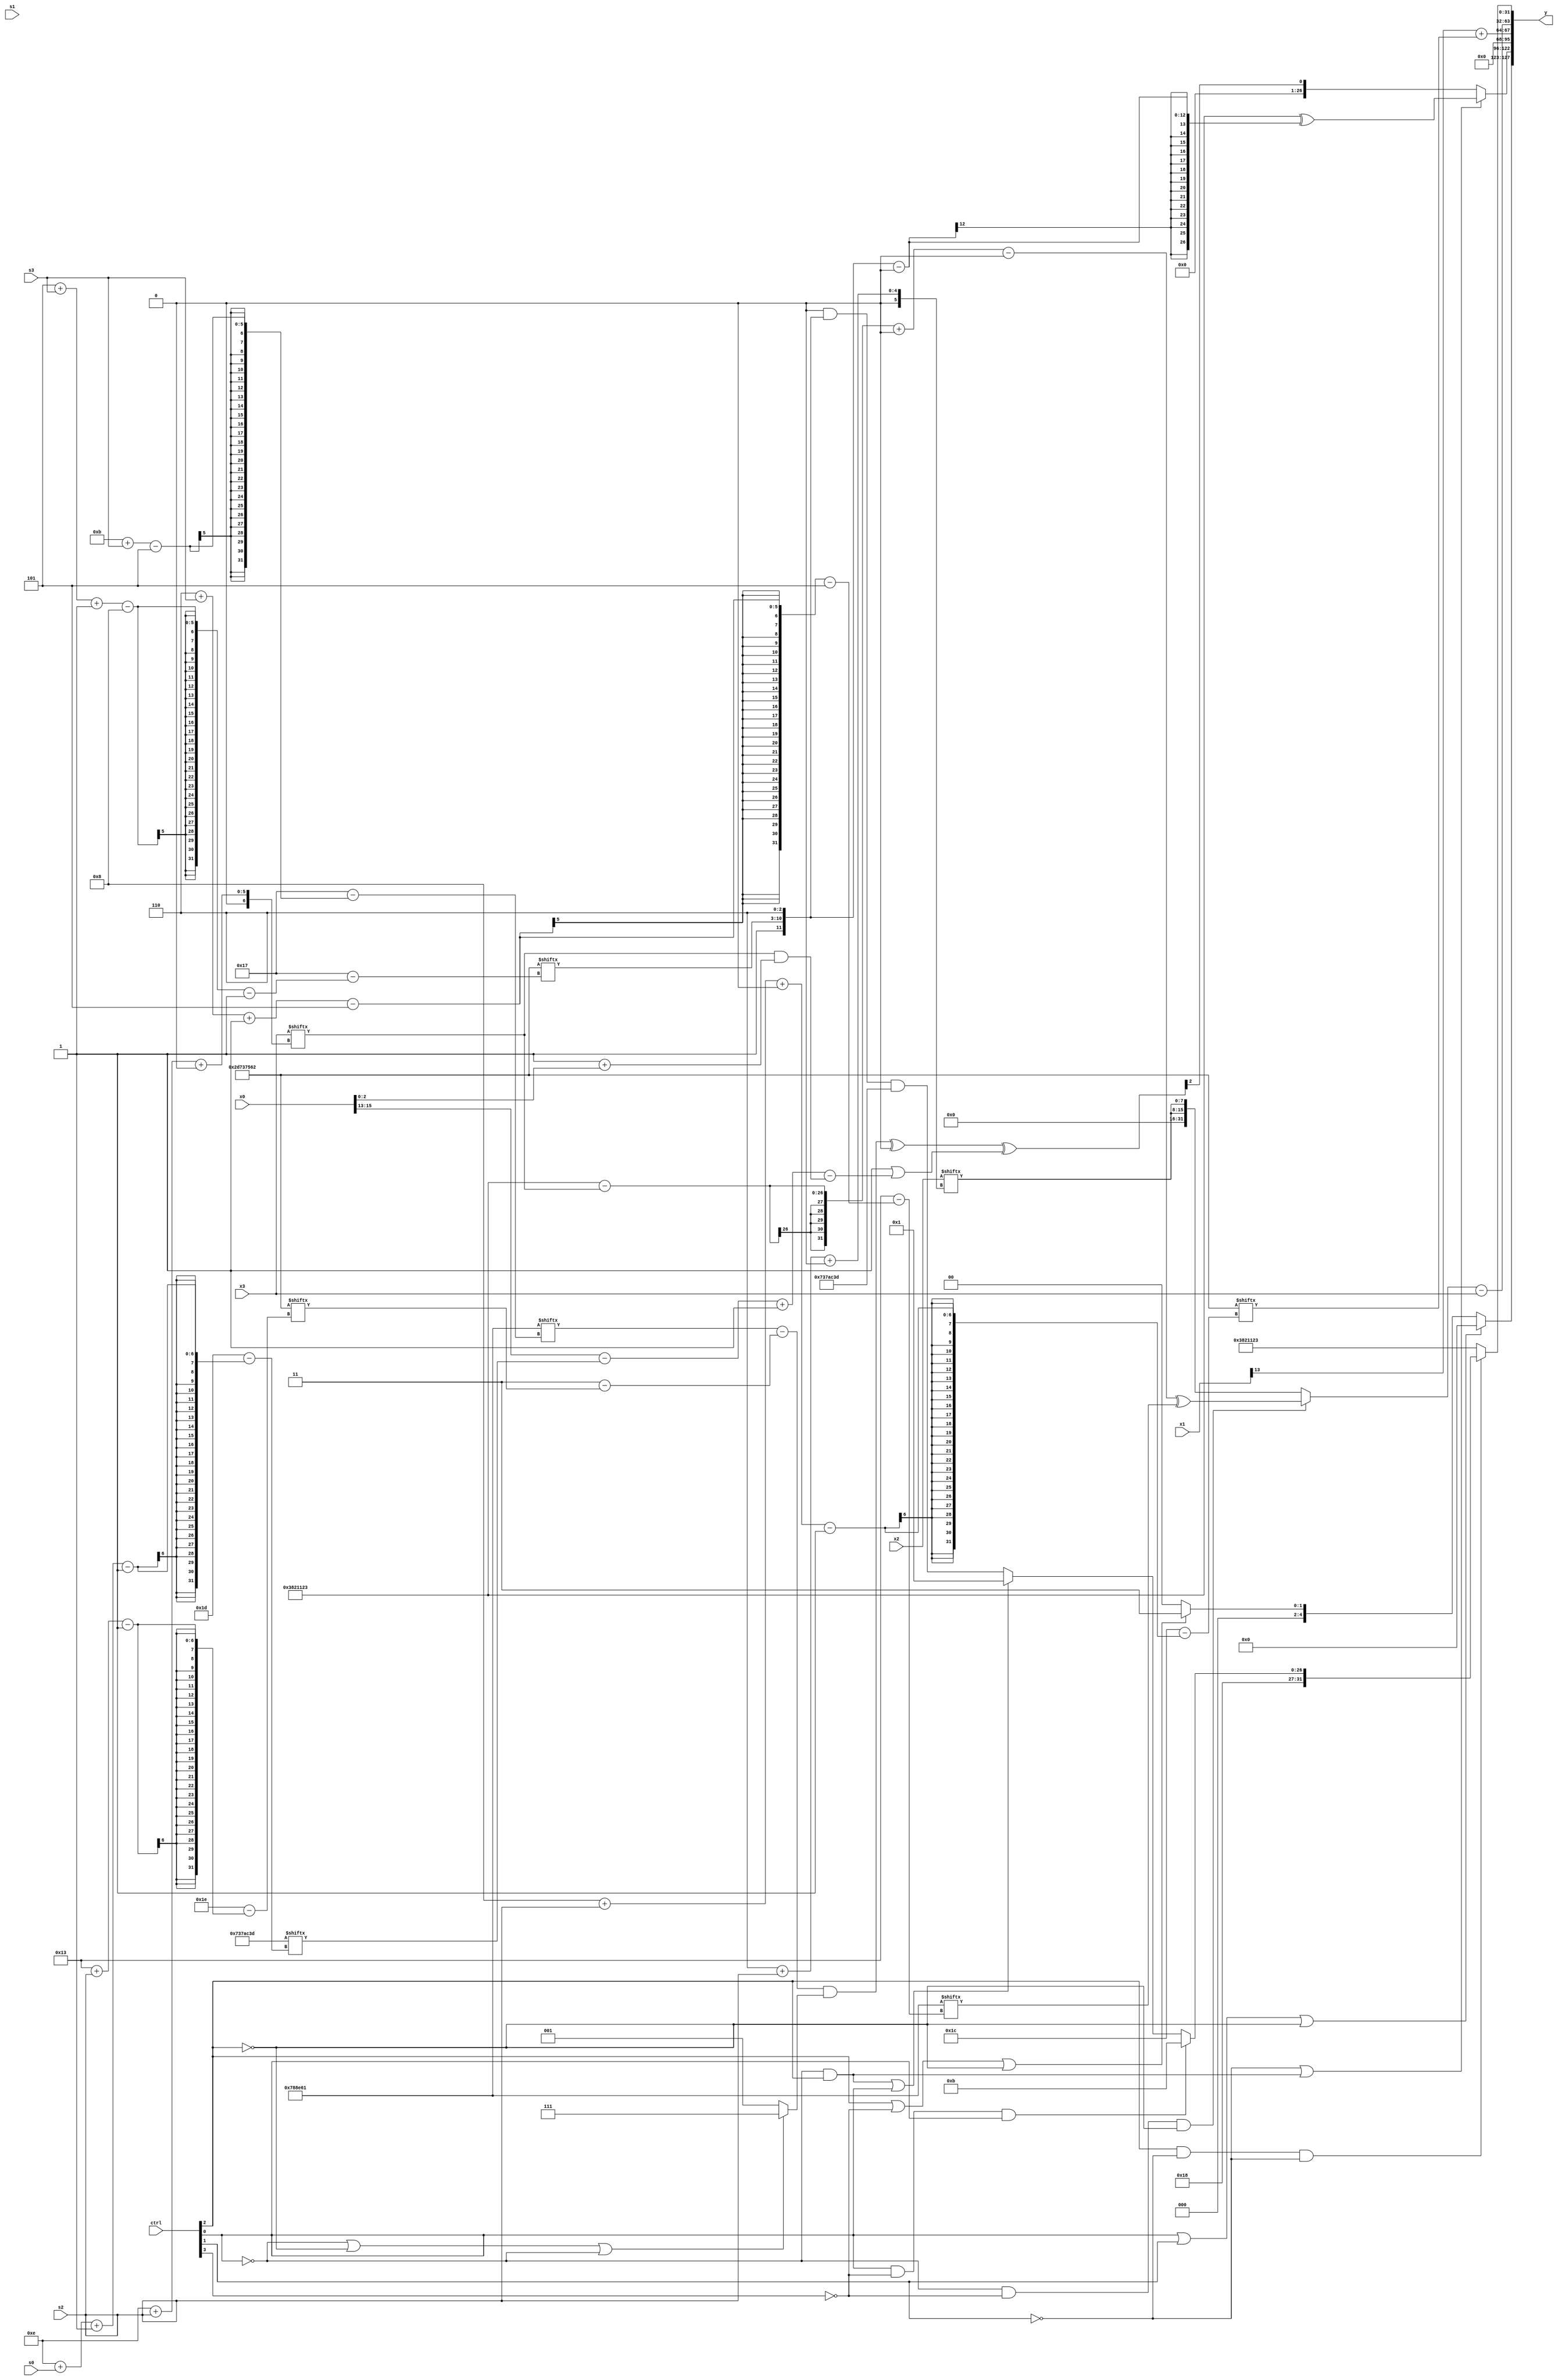
module partsel_00001(ctrl, s0, s1, s2, s3, x0, x1, x2, x3, y);
  input [3:0] ctrl;
  input [2:0] s0;
  input [2:0] s1;
  input [2:0] s2;
  input [2:0] s3;
  input [31:0] x0;
  input [31:0] x1;
  input signed [31:0] x2;
  input [31:0] x3;
  wire signed [3:28] x4;
  wire signed [24:6] x5;
  wire signed [29:4] x6;
  wire [2:24] x7;
  wire signed [5:30] x8;
  wire signed [3:24] x9;
  wire [7:26] x10;
  wire signed [7:29] x11;
  wire [4:25] x12;
  wire signed [28:1] x13;
  wire [7:28] x14;
  wire [26:6] x15;
  output [127:0] y;
  wire [31:0] y0;
  wire [31:0] y1;
  wire signed [31:0] y2;
  wire [31:0] y3;
  assign y = {y0,y1,y2,y3};
  localparam signed [1:31] p0 = 762541410;
  localparam signed [5:28] p1 = 645434977;
  localparam signed [0:29] p2 = 121089085;
  localparam signed [28:2] p3 = 729944355;
  assign x4 = ({2{{x1[26 + s0 -: 3], p0[19 -: 3]}}} | x1[26 + s2 +: 2]);
  assign x5 = x3[6 + s0 -: 8];
  assign x6 = p1[12 + s2 -: 1];
  assign x7 = p0[11 + s0 -: 6];
  assign x8 = p2[10];
  assign x9 = (((!ctrl[1] || !ctrl[1] && ctrl[2] ? {(p2 & x2[14 + s0 +: 2]), {2{x5[5 + s3]}}} : p2[15 -: 1]) & (p2 ^ ({2{p2[14 -: 2]}} | {p3[22 -: 4], p2}))) & ((!ctrl[0] || ctrl[3] && ctrl[3] ? p3 : ((p0 & ((x4[16 -: 1] ^ p3[14 + s0]) | p2[9])) ^ {2{p1}})) - x6[24 + s0 -: 4]));
  assign x10 = ((x0 ^ p1) | {2{{2{{2{x1[14 -: 2]}}}}}});
  assign x11 = p1[15 +: 4];
  assign x12 = (ctrl[1] || ctrl[1] && ctrl[1] ? p3[13 +: 3] : x2[10]);
  assign x13 = x3[14 + s2 +: 1];
  assign x14 = {{p1[9], p0[5 + s3 -: 8]}, p2[15 -: 3]};
  assign x15 = ((({2{{x8[19 -: 1], (p1[11 + s3] - (p3 - p0[19 + s2]))}}} & (!ctrl[0] || !ctrl[2] || !ctrl[0] ? (x11[21] - p2[9]) : {p0[24 + s1 -: 8], p1})) ^ p1[15]) ^ (p1[15 +: 3] | (((x0[13 +: 3] - p2[14 + s0 -: 1]) + p0[8 +: 2]) - ({p0[9 + s2], x13} & {p0[10 +: 3], (p3[19 +: 4] + x0)}))));
  assign y0 = {(ctrl[0] || ctrl[1] || !ctrl[2] ? p3[16 +: 2] : (ctrl[2] || !ctrl[3] || !ctrl[2] ? p3 : p3[22 -: 2])), (!ctrl[2] || ctrl[2] || !ctrl[1] ? (!ctrl[1] || !ctrl[0] && ctrl[2] ? ((p3 & p3) ^ (x14 - x6[13 -: 1])) : x15[8]) : {2{((p1[22 + s1 -: 1] + p1[12 + s2]) & p0[19 -: 4])}})};
  assign y1 = (x1[13] + p0[8 + s2 +: 3]);
  assign y2 = ((!ctrl[0] && !ctrl[3] && !ctrl[2] ? ((((p3 - x13) + x8[14]) - (p0[8 +: 3] & p2[19 +: 4])) ^ p1[6 + s3 -: 5]) : {2{x2[6 + s2 +: 8]}}) - x3);
  assign y3 = (ctrl[2] && !ctrl[1] && !ctrl[1] ? {{2{p3[19]}}, (ctrl[0] && !ctrl[3] && ctrl[0] ? p0[15 +: 4] : (!ctrl[0] && ctrl[2] || ctrl[0] ? p0[19] : ((p2[17] & x14) & p2)))} : p3);
endmodule